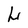
Character: L